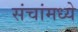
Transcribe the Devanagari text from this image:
संचांमध्ये